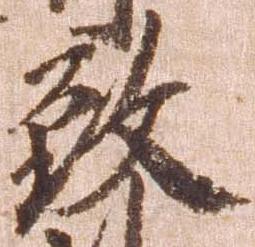
致